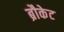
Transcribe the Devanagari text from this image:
ब्रौकेट